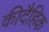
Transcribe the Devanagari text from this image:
कीदैहिक